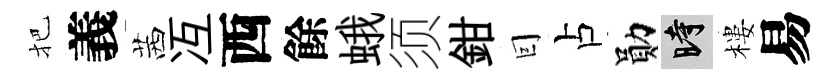
把義茜冱西餘蛾须鉗囙占勛时樓易